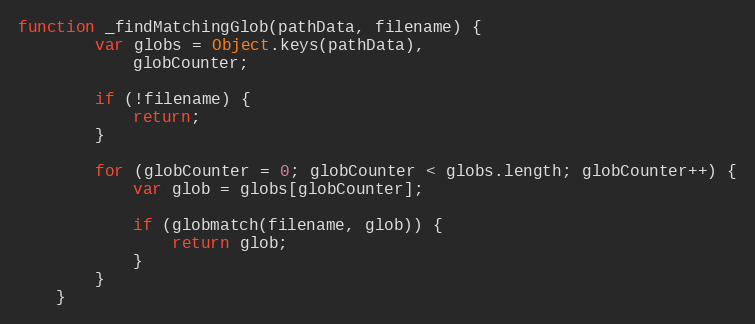
Language: JavaScript
function _findMatchingGlob(pathData, filename) {
        var globs = Object.keys(pathData),
            globCounter;

        if (!filename) {
            return;
        }

        for (globCounter = 0; globCounter < globs.length; globCounter++) {
            var glob = globs[globCounter];

            if (globmatch(filename, glob)) {
                return glob;
            }
        }
    }